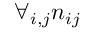
\forall _ { i , j } n _ { i j }